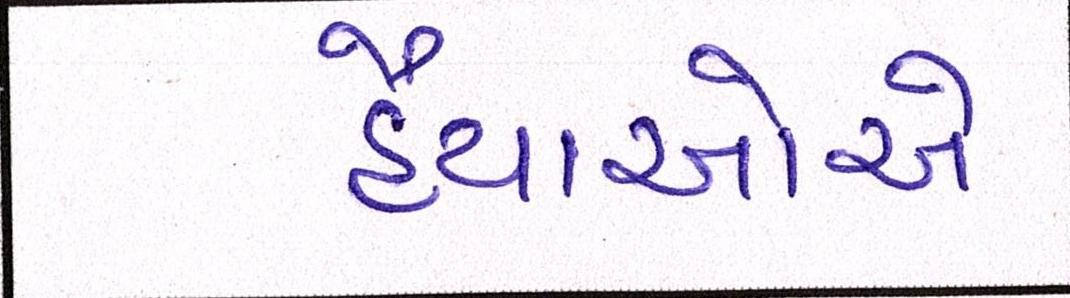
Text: હૈયાઓએ